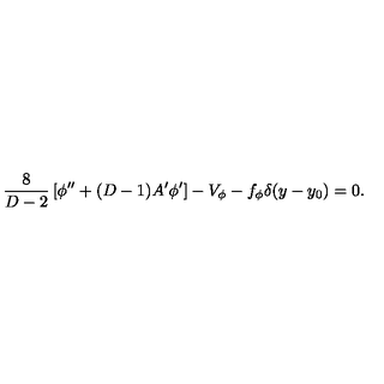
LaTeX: { \frac { 8 } { D - 2 } } \left[ \phi ^ { \prime \prime } + ( D - 1 ) A ^ { \prime } \phi ^ { \prime } \right] - V _ { \phi } - f _ { \phi } \delta ( y - y _ { 0 } ) = 0 .